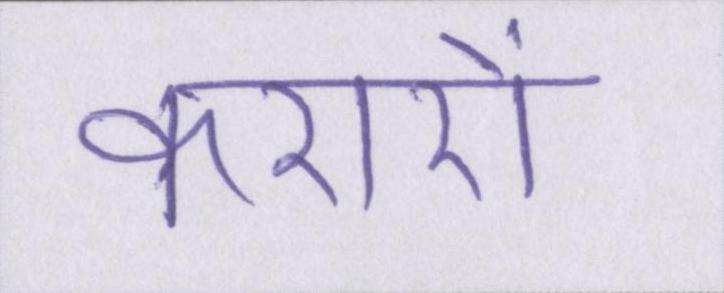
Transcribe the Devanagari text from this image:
करारों